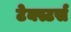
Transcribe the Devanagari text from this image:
टेक्स्टर्स